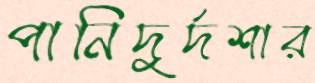
পানিদুর্দশার